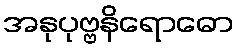
အနုပုဗ္ဗနိရောဓော